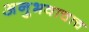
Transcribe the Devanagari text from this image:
अनुभवाचाच